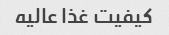
کیفیت غذا عالیه